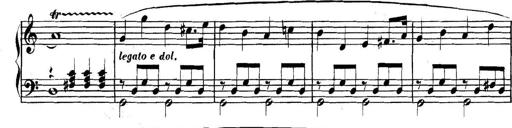
Title: Collected Piano Sonatas
Composer: Muzio Clementi